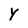
Character: Y